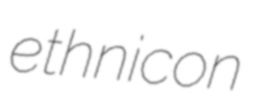
ethnicon